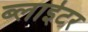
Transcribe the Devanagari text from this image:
ब्लाईटर